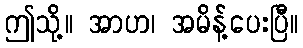
ဤသို့။ အာဟ၊ အမိန့်ပေးပြီ။